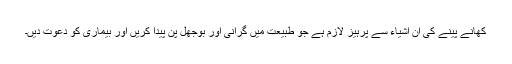
کھانے پینے کی ان اشیاء سے پرہیز لازم ہے جو طبیعت میں گرانی اور بوجھل پن پیدا کریں اور بیماری کو دعوت دیں۔